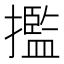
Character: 㩜